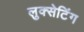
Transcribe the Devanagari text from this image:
लुक्सेटिंग